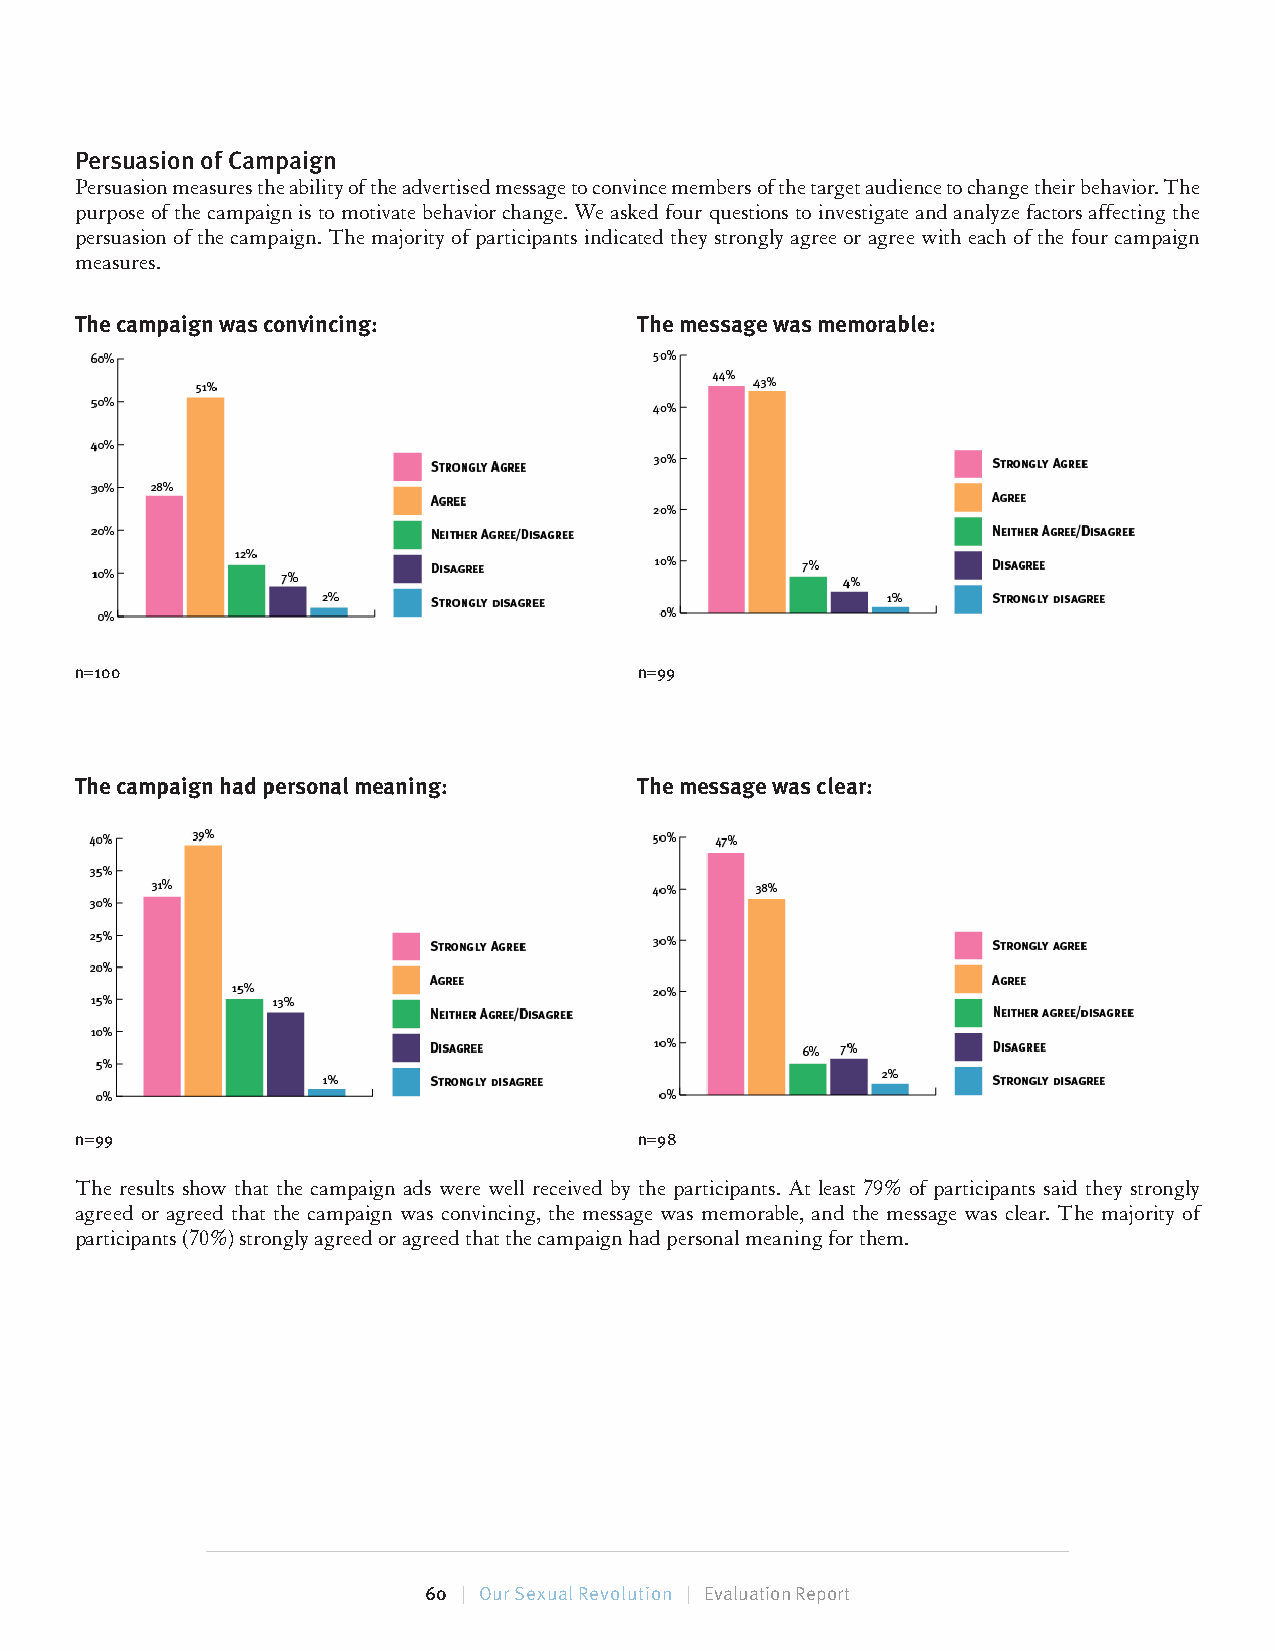
Persuasion of Campaign
 Persuasion measures the ability of the advertised message to convince members of the target audience to change their behavior. The
 purpose of the campaign is to motivate behavior change. We asked four questions to investigate and analyze factors affecting the
 persuasion of the campaign. The majority of participants indicated they strongly agree or agree with each of the four campaign
 measures.
 The campaign was convincing:         The message was memorable:
 n=100                                n=99
 The campaign had personal meaning:   The message was clear:
 n=99                                 n=98
 The results show that the campaign ads were well received by the participants. At least 79% of participants said they strongly
 agreed or agreed that the campaign was convincing, the message was memorable, and the message was clear. The majority of
 participants (70%) strongly agreed or agreed that the campaign had personal meaning for them.
 60 | Our Sexual Revolution | Evaluation Report